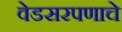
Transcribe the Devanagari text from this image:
वेडसरपणाचे